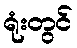
ရုံးတွင်